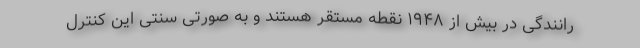
رانندگی در بیش از ۱۹۴۸ نقطه مستقر هستند و به صورتی سنتی این کنترل